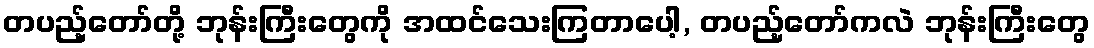
တပည့်တော်တို့ ဘုန်းကြီးတွေကို အထင်သေးကြတာပေါ့, တပည့်တော်ကလဲ ဘုန်းကြီးတွေ